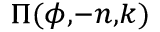
\scriptstyle { \Pi ( \phi , - n , k ) }